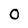
Character: 0